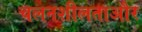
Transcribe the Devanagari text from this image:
चलनशीलताऔर